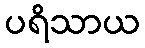
ပရိသာယ